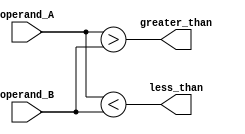
module magnitude_comparator(
    input [7:0] operand_A,
    input [7:0] operand_B,
    output greater_than,
    output less_than
);

assign greater_than = operand_A > operand_B;
assign less_than = operand_A < operand_B;

endmodule